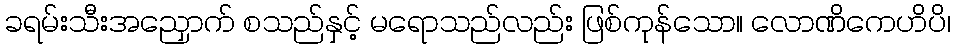
ခရမ်းသီးအညှောက် စသည်နှင့် မရောသည်လည်း ဖြစ်ကုန်သော။ လောဏိကေဟိပိ၊